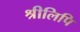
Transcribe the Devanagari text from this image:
श्रीलिपि